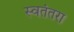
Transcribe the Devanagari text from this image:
स्वतंतरा